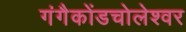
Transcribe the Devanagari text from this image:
गंगैकोंडचोलेश्वर